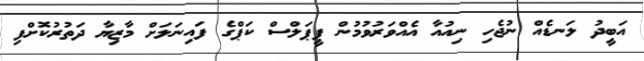
އަބީދު ލަނޑެއް ނުޖެހި ނިއުއާ އެއްވަރުވުމުން ޕީޕަލްސް ކަޕްގެ ފައިނަލަށް މާޒިޔާ ދަތުރުކޮށްފި